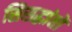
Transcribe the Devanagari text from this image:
सिसद्धांतों